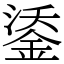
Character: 鋈